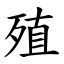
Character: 殖